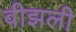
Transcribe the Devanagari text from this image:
वीझली